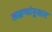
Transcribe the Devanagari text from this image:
लक्षणांनुसार